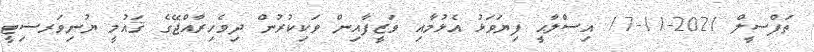
ތަފްސީލް 2021-11-17 އިސްލާޙީ ފިޔަވަޅު އެޅުމާއި ވަޒީފާއިން ވަކިކުރުން ދިވެހިރާއްޖޭގެ ޤައުމީ ޔުނިވަރސިޓީ